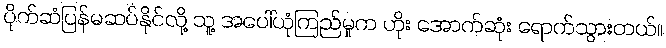
ပိုက်ဆံပြန်မဆပ်နိုင်လို့ သူ့ အပေါ်ယုံကြည်မှုက ဟိုး အောက်ဆုံး ရောက်သွားတယ်။